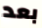
بعد